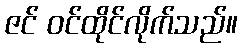
ဇင် ဝင်ထိုင်လိုက်သည်။